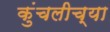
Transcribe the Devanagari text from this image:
कुंचलीच्या